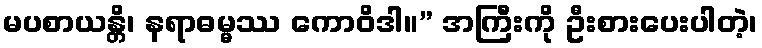
မပစာယန္တိ၊ နရာဓမ္မဿ ကောဝိဒါ။” အကြီးကို ဦးစားပေးပါတဲ့၊